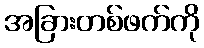
အခြားတစ်ဖက်ကို